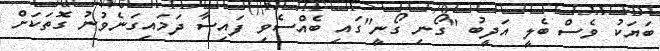
ބަޔަކު ވެސް ބެލީ އަދީބު "ގޯނި ގޯނީ"ގައި ބެއްސެވި ފައިސާ ދަމައިގަނެވުނު ގޮތަކަށް